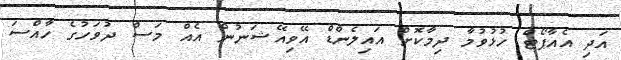
އަދި އެއާޕޯޓް ހުޅުވުމާ ދިމާކޮށް އައިލެންޑް އޭވިއޭޝަނުން އެއް މަސް ދުވަހުގެ ހާއްސަ